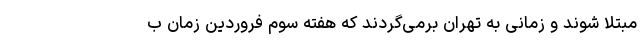
مبتلا شوند و زمانی به تهران برمی‌گردند که هفته سوم فروردین زمان ب